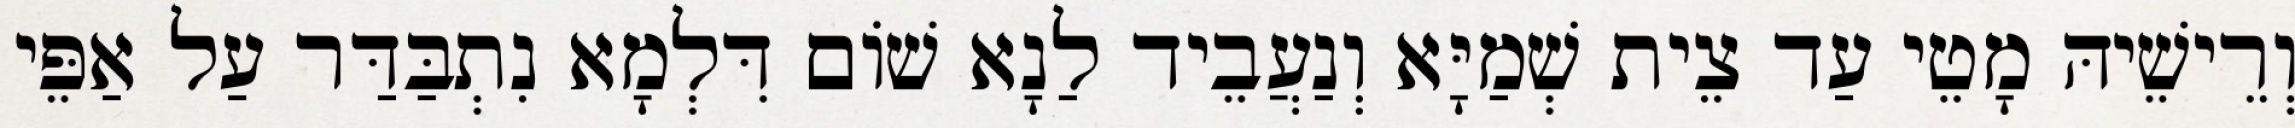
וְרֵישֵׁיהּ מָטֵי עַד צֵית שְׁמַיָּא וְנַעֲבֵיד לַנָא שׁוֹם דִּלְמָא נִתְבַּדַּר עַל אַפֵּי